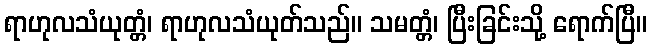
ရာဟုလသံယုတ္တံ၊ ရာဟုလသံယုတ်သည်။ သမတ္တံ၊ ပြီးခြင်းသို့ ရောက်ပြီ။